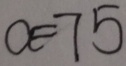
a = 7 5